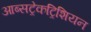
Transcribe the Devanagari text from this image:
आब्सट्रेकट्रिशियन